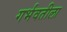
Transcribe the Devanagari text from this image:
गर्भवतीला